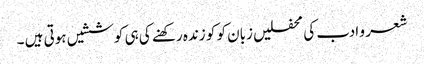
شعر و ادب کی محفلیں زبان کو کو زندہ رکھنے کی ہی کوششیں ہوتی ہیں ۔